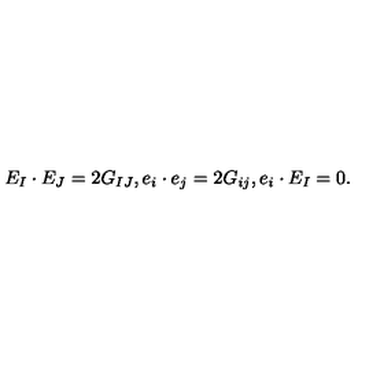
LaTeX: E _ { I } \cdot E _ { J } = 2 G _ { I J } , e _ { i } \cdot e _ { j } = 2 G _ { i j } , e _ { i } \cdot E _ { I } = 0 .